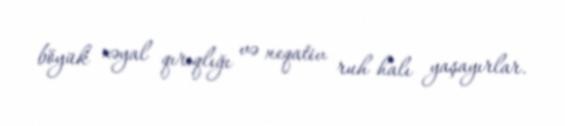
böyük xəyal qırıqlığı və neqativ ruh halı yaşayırlar.